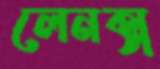
লেনক্স